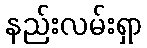
နည်းလမ်းရှာ